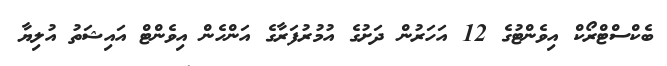
ބެކްސްޓްރޯކް އިވެންޓުގެ 12 އަހަރުން ދަށުގެ އުމުރުފަރާގެ އަންހެން އިވެންޓް އައިޝަތު އުލިޔާ